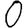
Digit: 0